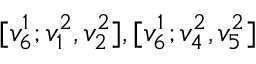
[ v _ { 6 } ^ { 1 } ; v _ { 1 } ^ { 2 } , v _ { 2 } ^ { 2 } ] , [ v _ { 6 } ^ { 1 } ; v _ { 4 } ^ { 2 } , v _ { 5 } ^ { 2 } ]